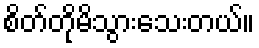
စိတ်တိုမိသွားသေးတယ်။